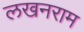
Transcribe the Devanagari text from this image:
लखनराम